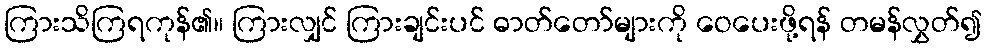
ကြားသိကြရကုန်၏။ ကြားလျှင် ကြားချင်းပင် ဓာတ်တော်များကို ဝေပေးဖို့ရန် တမန်လွှတ်၍